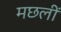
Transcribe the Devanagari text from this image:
मछलीं